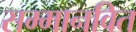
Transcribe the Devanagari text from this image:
सम्मानवित